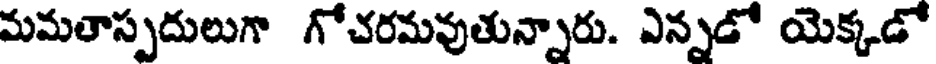
మమతాస్పదులుగా గోచరమవుతున్నారు. ఎన్నడో యెక్కడో